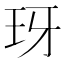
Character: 玡